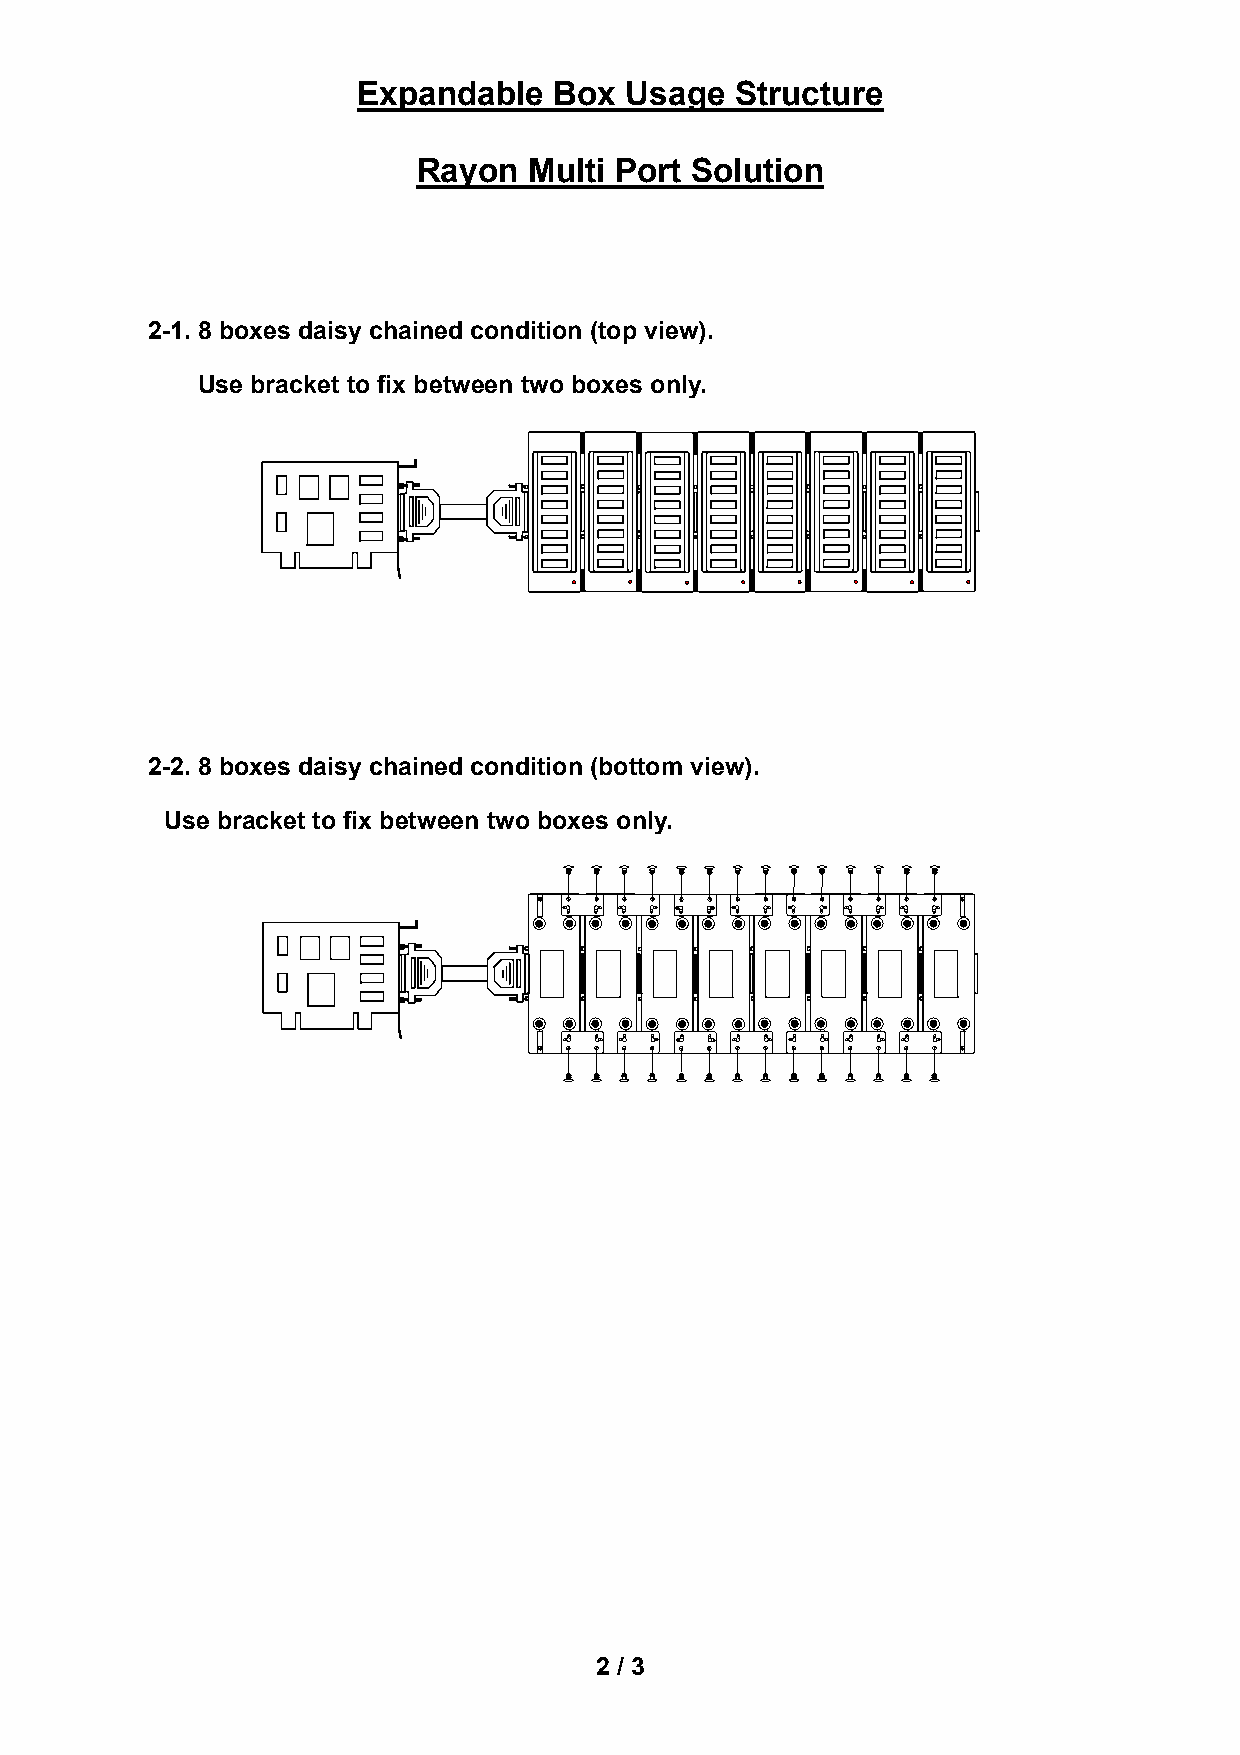
Expandable   Box Usage   Structure
 Rayon  Multi Port Solution
 2-1. 8 boxes daisy chained condition (top view).
 Use bracket to fix between two boxes only.
 2-2. 8 boxes daisy chained condition (bottom view).
 Use bracket to fix between two boxes only.
 2 / 3